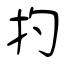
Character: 扚